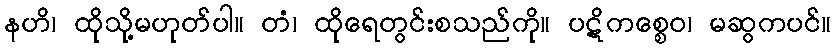
နဟိ၊ ထိုသို့မဟုတ်ပါ။ တံ၊ ထိုရေတွင်းစသည်ကို။ ပဋိကစ္စေဝ၊ မဆွကပင်။